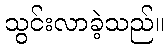
သွင်းလာခဲ့သည်။